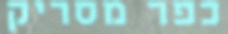
כפר מסריק